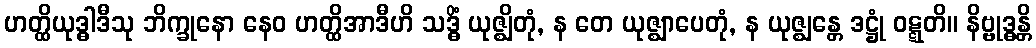
ဟတ္ထိယုဒ္ဓါဒီသု ဘိက္ခုနော နေဝ ဟတ္ထိအာဒီဟိ သဒ္ဓိံ ယုဇ္ဈိတုံ, န တေ ယုဇ္ဈာပေတုံ, န ယုဇ္ဈန္တေ ဒဋ္ဌုံ ဝဋ္ဋတိ။ နိဗ္ဗုဒ္ဓန္တိ